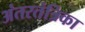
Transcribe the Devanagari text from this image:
अंतरतंत्रिका